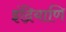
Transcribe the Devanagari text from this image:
इंद्रियाणि